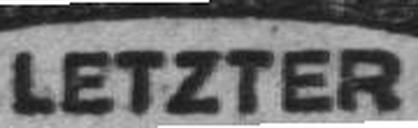
LETZTER